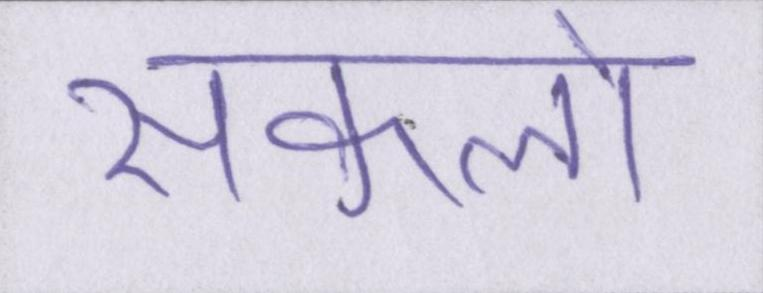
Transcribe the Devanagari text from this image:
सकलो